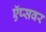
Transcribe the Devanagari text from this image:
ऍप्सवर